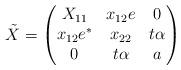
LaTeX: \begin{align*}\tilde{X} = \begin{pmatrix} X_{11} & x_{12}e & 0 \\ x_{12}e^* & x_{22} & t\alpha \\ 0 & t\alpha & a \end{pmatrix}\end{align*}